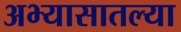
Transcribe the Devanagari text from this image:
अभ्यासातल्या